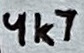
Text: 4k7